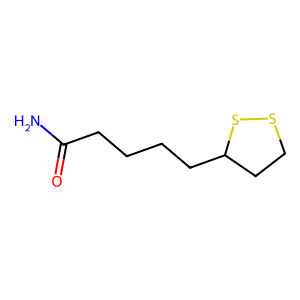
SMILES: NC(=O)CCCCC1CCSS1
Inhibits HIV replication: No